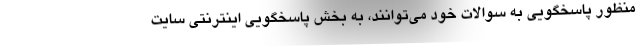
منظور پاسخگویی به سوالات خود می‌توانند، به بخش پاسخگویی اینترنتی سایت